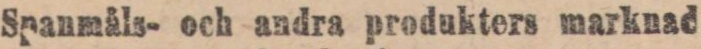
Spanmåls- och andra produkters marknad